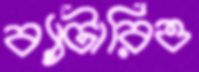
ব্যাটারিও